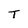
Character: T